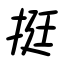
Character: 挺